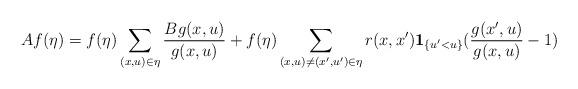
LaTeX: \begin{align*}Af(\eta )=f(\eta )\sum_{(x,u)\in\eta}\frac {Bg(x,u)}{g(x,u)}+f(\eta )\sum_{(x,u)\neq (x',u')\in\eta}r(x,x'){\bf 1}_{\{u'<u\}}(\frac {g(x',u)}{g(x,u)}-1)\end{align*}